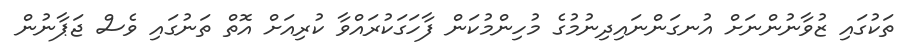
ތަކުގައި ޒުވާނުންނަށް އުނގަންނައިދިނުމުގެ މުހިންމުކަން ފާހަގަކުރައްވާ ކުރިއަށް އޮތް ތަނުގައި ވެސް ޖަޕާނުން